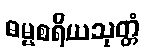
ဓမ္မစရိယသုတ္တံ